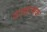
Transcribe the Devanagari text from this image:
वाद्यात्मक